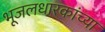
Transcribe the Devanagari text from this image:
भूजलधारकांच्या